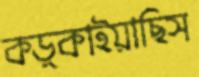
কড়্‌কাইয়াছিস